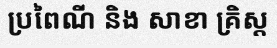
ប្រពៃណី និង សាខា គ្រិស្ត